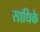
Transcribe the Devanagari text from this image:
साधिके